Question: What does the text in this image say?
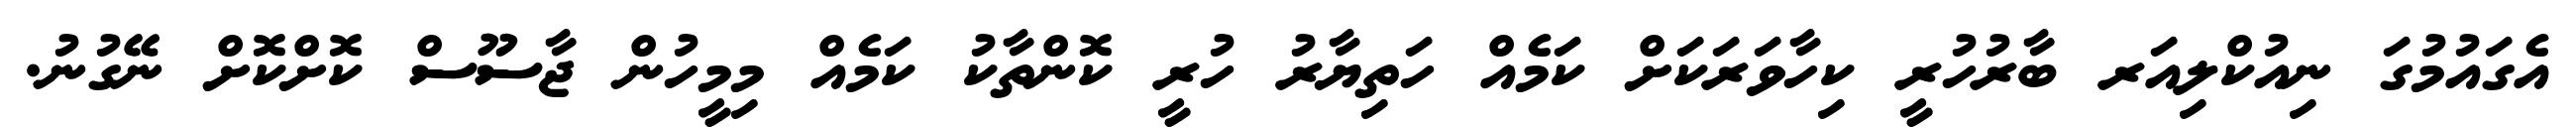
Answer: އެގައުމުގަ ނިއުކްލިއަރ ބާރުހުރީ ކިހާވަރަކަށް ކަމެއް ހަތިޔާރު ހުރީ ކޮންތާކު ކަމެއް މިމީހުން ޖާސޫސް ކޮށްކޮށް ނޭގުނު.